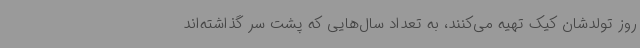
روز تولدشان کیک تهیه می‌کنند، به تعداد سال‌هایی که پشت سر گذاشته‌اند